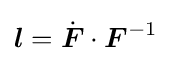
{\boldsymbol {l}}={\dot {\boldsymbol {F}}}\cdot {\boldsymbol {F}}^{-1}